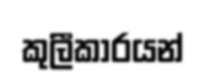
කුලීකාරයන්